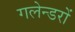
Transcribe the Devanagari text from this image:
गलेन्डरों